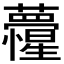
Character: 𮓏